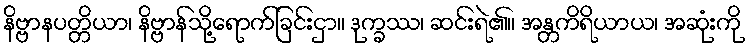
နိဗ္ဗာနပတ္တိယာ၊ နိဗ္ဗာန်သို့ရောက်ခြင်းငှာ။ ဒုက္ခဿ၊ ဆင်းရဲ၏။ အန္တကိရိယာယ၊ အဆုံးကို